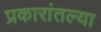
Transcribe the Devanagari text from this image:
प्रकारांतल्या